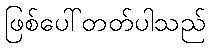
ဖြစ်ပေါ်တတ်ပါသည်